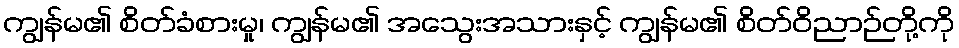
ကျွန်မ၏ စိတ်ခံစားမှု၊ ကျွန်မ၏ အသွေးအသားနှင့် ကျွန်မ၏ စိတ်ဝိညာဉ်တို့ကို